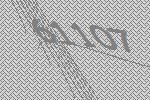
61107